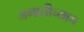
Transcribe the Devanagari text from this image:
जमातीच्याच